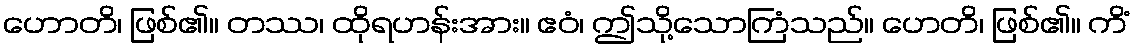
ဟောတိ၊ ဖြစ်၏။ တဿ၊ ထိုရဟန်းအား။ ဧဝံ၊ ဤသို့သောကြံသည်။ ဟေတိ၊ ဖြစ်၏။ ကိံ